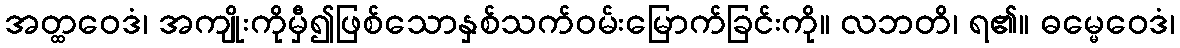
အတ္ထဝေဒံ၊ အကျိုးကိုမှီ၍ဖြစ်သောနှစ်သက်ဝမ်းမြောက်ခြင်းကို။ လဘတိ၊ ရ၏။ ဓမ္မေဝေဒံ၊